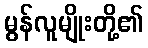
မွန်လူမျိုးတို့၏